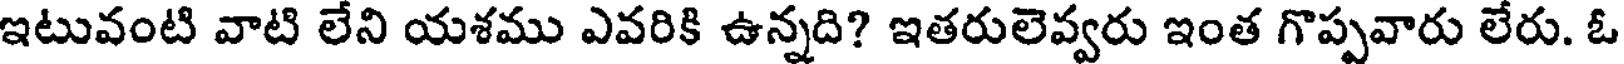
ఇటువంటి వాటి లేని యశము ఎవరికి ఉన్నది? ఇతరులెవ్వరు ఇంత గొప్పవారు లేరు. ఓ